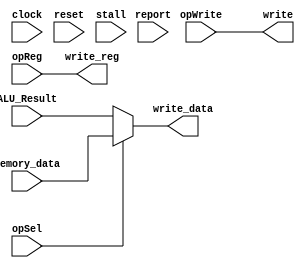
/** @module : writeback
 *  @author : Adaptive & Secure Computing Systems (ASCS) Laboratory
 
 *  Copyright (c) 2018 BRISC-V (ASCS/ECE/BU)
 *  Permission is hereby granted, free of charge, to any person obtaining a copy
 *  of this software and associated documentation files (the "Software"), to deal
 *  in the Software without restriction, including without limitation the rights
 *  to use, copy, modify, merge, publish, distribute, sublicense, and/or sell
 *  copies of the Software, and to permit persons to whom the Software is
 *  furnished to do so, subject to the following conditions:
 *  The above copyright notice and this permission notice shall be included in
 *  all copies or substantial portions of the Software.

 *  THE SOFTWARE IS PROVIDED "AS IS", WITHOUT WARRANTY OF ANY KIND, EXPRESS OR
 *  IMPLIED, INCLUDING BUT NOT LIMITED TO THE WARRANTIES OF MERCHANTABILITY,
 *  FITNESS FOR A PARTICULAR PURPOSE AND NONINFRINGEMENT. IN NO EVENT SHALL THE
 *  AUTHORS OR COPYRIGHT HOLDERS BE LIABLE FOR ANY CLAIM, DAMAGES OR OTHER
 *  LIABILITY, WHETHER IN AN ACTION OF CONTRACT, TORT OR OTHERWISE, ARISING FROM,
 *  OUT OF OR IN CONNECTION WITH THE SOFTWARE OR THE USE OR OTHER DEALINGS IN
 *  THE SOFTWARE.
 */
 
 module writeback_unit #(parameter  CORE = 0, DATA_WIDTH = 32) (
	  clock, reset,  stall,
	  opWrite,
	  opSel, 
	  opReg, 
	  ALU_Result, 
	  memory_data, 
	  write, write_reg, write_data, 
	  report
); 
 
input  clock; 
input  reset; 
input  stall;

input  opWrite; 
input  opSel; 
input  [4:0]  opReg;
input  [DATA_WIDTH-1:0] ALU_Result;
input  [DATA_WIDTH-1:0] memory_data; 

output  write;
output  [4:0]  write_reg;
output  [DATA_WIDTH-1:0] write_data;

input report; 

assign write_data = opSel? memory_data : ALU_Result; 
assign write_reg  = opReg; 
assign write      = opWrite; 

reg [31: 0] cycles; 
always @ (posedge clock) begin 
    cycles <= reset? 0 : cycles + 1; 
    if (report)begin
        $display ("------ Core %d Writeback Unit - Current Cycle %d ----", CORE, cycles); 
		$display ("| opSel       [%b]", opSel);
		$display ("| opReg       [%b]", opReg);
		$display ("| ALU_Result  [%d]", ALU_Result);
		$display ("| Memory_data [%d]", memory_data);
		$display ("| write       [%b]", write);
		$display ("| write_reg   [%d]", write_reg);
		$display ("| write_data  [%d]", write_data);
		$display ("----------------------------------------------------------------------");
    end
end

endmodule